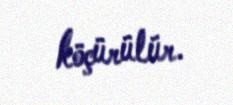
köçürülür.